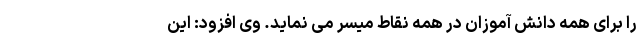
را برای همه دانش آموزان در همه نقاط میسر می نماید. وی افزود: این